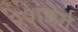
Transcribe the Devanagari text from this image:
रेशबेर्ग